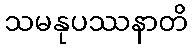
သမနုပဿနာတိ